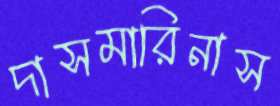
দাসমারিনাস